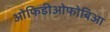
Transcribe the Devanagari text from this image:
ओफिडीओफोबिआ